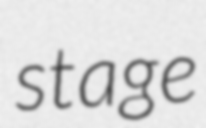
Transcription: stage